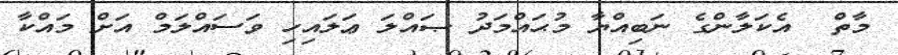
މާތް  އެކަލާންގެ ނަބިއްޔާ މުޙައްމަދު ޞައްލަ ޢަލައިހި ވަސައްލަމް އަށް މައްކާ